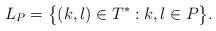
LaTeX: \begin{align*}L_P = \big\{ (k,l) \in T^* : k,l \in P \big\}.\end{align*}